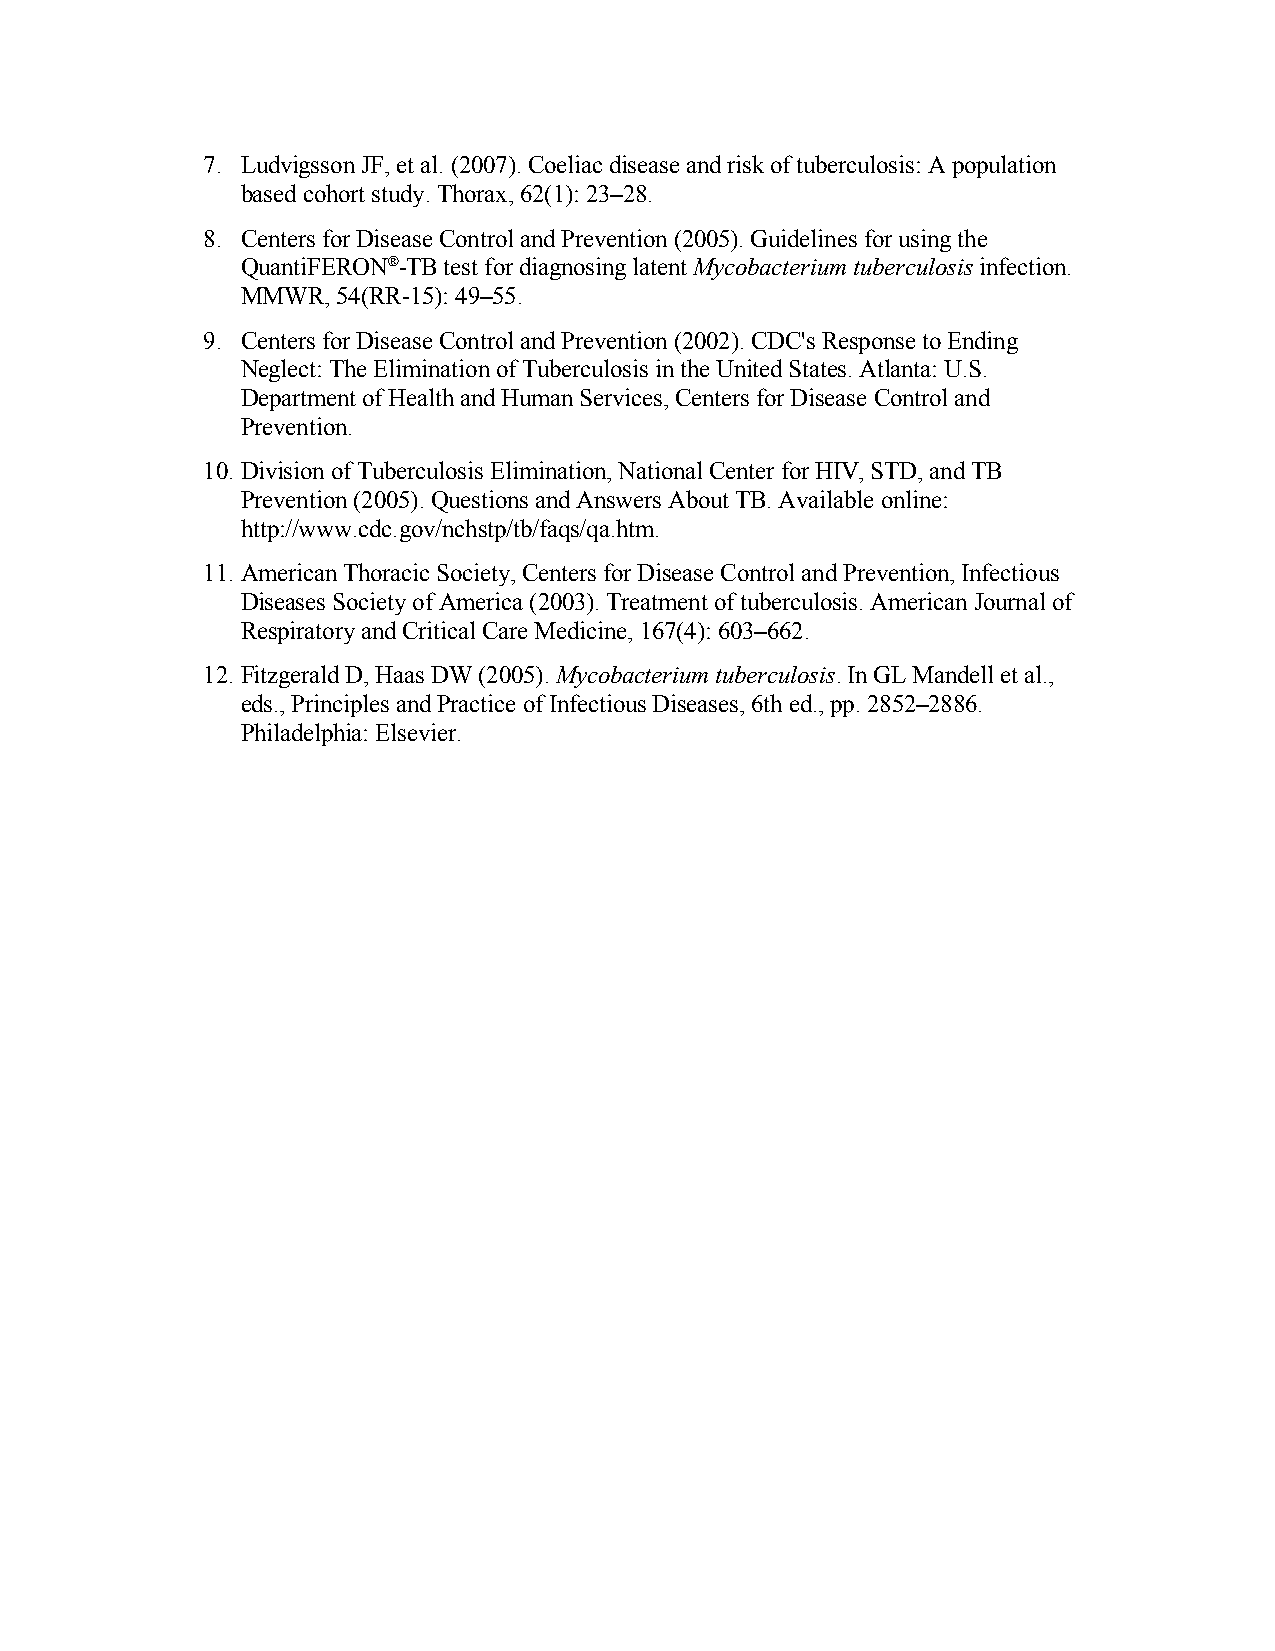
7. Ludvigsson JF, et al. (2007). Coeliac disease and risk of tuberculosis: A population
 based cohort study. Thorax, 62(1): 23–28.
 8. Centers for Disease Control and Prevention (2005). Guidelines for using the
 QuantiFERON®-TB test for diagnosing latent Mycobacterium tuberculosis infection.
 MMWR, 54(RR-15): 49–55.
 9. Centers for Disease Control and Prevention (2002). CDC's Response to Ending
 Neglect: The Elimination of Tuberculosis in the United States. Atlanta: U.S.
 Department of Health and Human Services, Centers for Disease Control and
 Prevention.
 10. Division of Tuberculosis Elimination, National Center for HIV, STD, and TB
 Prevention (2005). Questions and Answers About TB. Available online:
 http://www.cdc.gov/nchstp/tb/faqs/qa.htm.
 11. American Thoracic Society, Centers for Disease Control and Prevention, Infectious
 Diseases Society of America (2003). Treatment of tuberculosis. American Journal of
 Respiratory and Critical Care Medicine, 167(4): 603–662.
 12. Fitzgerald D, Haas DW (2005). Mycobacterium tuberculosis. In GL Mandell et al.,
 eds., Principles and Practice of Infectious Diseases, 6th ed., pp. 2852–2886.
 Philadelphia: Elsevier.